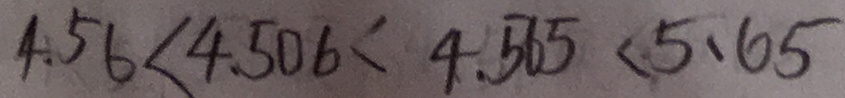
4 . 5 6 < 4 . 5 0 6 < 4 . 5 6 5 < 5 . 6 5